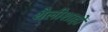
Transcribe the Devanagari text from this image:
थैलीशाहों